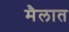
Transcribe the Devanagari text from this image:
मैलात